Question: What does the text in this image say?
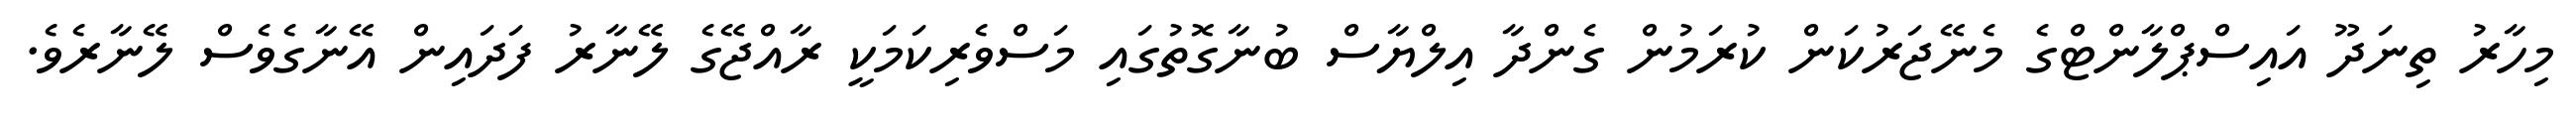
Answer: މިހާރު ތިނަދޫ އައިސްޕްލާންޓްގެ މެނޭޖަރުކަން ކުރަމުން ގެންދާ އިލްޔާސް ބުނާގޮތުގައި މަސްވެރިކަމަކީ ރާއްޖޭގެ ލޭނާރު ފަދައިން އޭނާގެވެސް ލޭނާރެވެ.